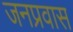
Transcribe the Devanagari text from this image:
जनप्रवास